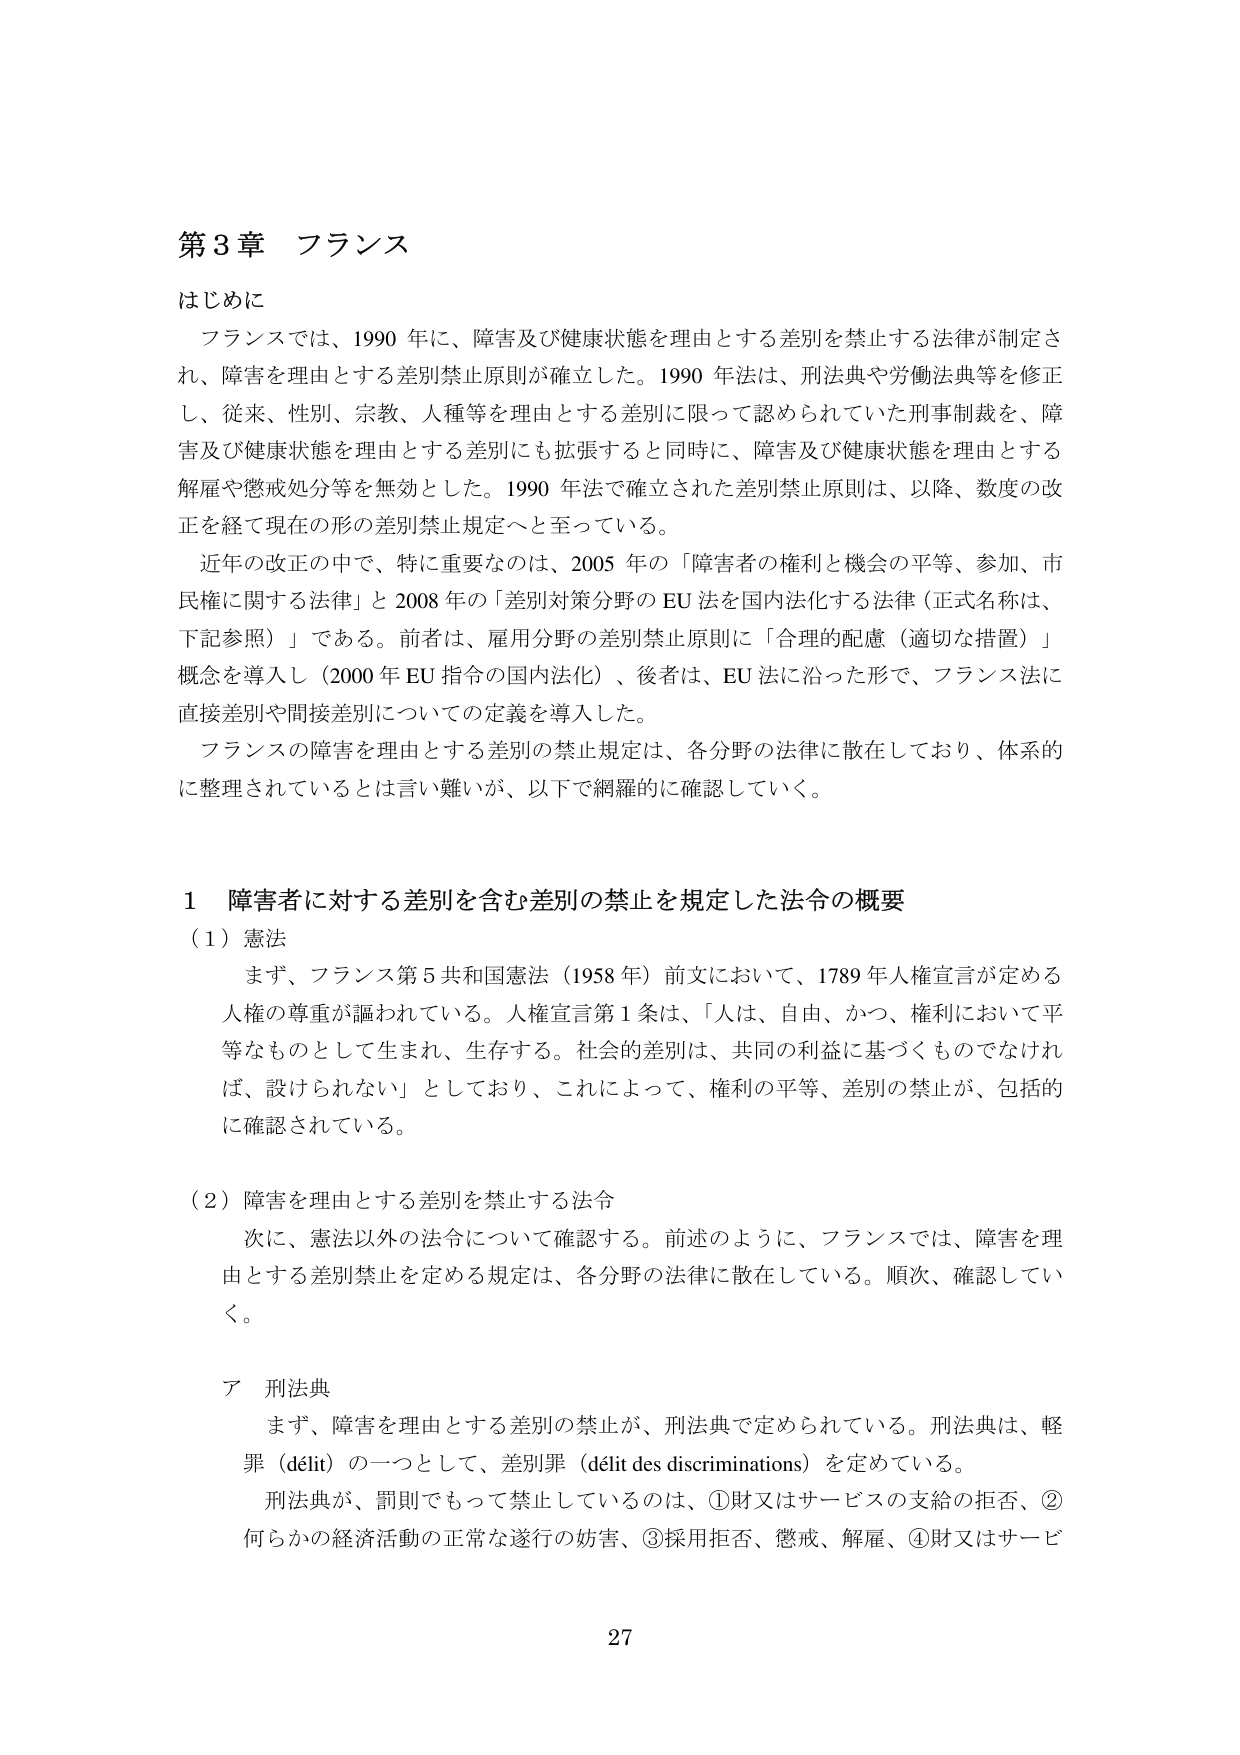
第3章 フランス

はじめに
フランスでは、1990年に、障害及び健康状態を理由とする差別を禁止する法律が制定され、障害を理由とする差別禁止原則が確立した。1990年法は、刑法典や労働法典等を修正し、従来、性別、宗教、人種等を理由とする差別に限って認められていた刑事制裁を、障害及び健康状態を理由とする差別にも拡張すると同時に、障害及び健康状態を理由とする解雇や懲戒処分等を無効とした。1990年法で確立された差別禁止原則は、以降、数度の改正を経て現在の形の差別禁止規定へと至っている。

近年の改正の中で、特に重要なのは、2005年の「障害者の権利と機会の平等、参加、市民権に関する法律」と2008年の「差別対策分野のEU法を国内法化する法律（正式名称は、下記参照）」である。前者は、雇用分野の差別禁止原則に「合理的配慮（適切な措置）」概念を導入し（2000年EU指令の国内法化）、後者は、EU法に沿った形で、フランス法に直接差別や間接差別についての定義を導入した。

フランスの障害を理由とする差別の禁止規定は、各分野の法律に散在しており、体系的に整理されているとは言い難いが、以下で網羅的に確認していく。

1 障害者に対する差別を含む差別の禁止を規定した法令の概要

（1）憲法
まず、フランス第5共和国憲法（1958年）前文において、1789年人権宣言が定める人権の尊重が謳われている。人権宣言第1条は、「人は、自由、かつ、権利において平等なものとして生まれ、生存する。社会的差別は、共同の利益に基づくものでなければ、設けられない」としており、これによって、権利の平等、差別の禁止が、包括的に確認されている。

（2）障害を理由とする差別を禁止する法令
次に、憲法以外の法令について確認する。前述のように、フランスでは、障害を理由とする差別禁止を定める規定は、各分野の法律に散在している。順次、確認していく。

ア 刑法典
まず、障害を理由とする差別の禁止が、刑法典で定められている。刑法典は、軽罪（délit）の一つとして、差別罪（délit des discriminations）を定めている。

刑法典が、罰則でもって禁止しているのは、①財又はサービスの支給の拒否、②何らかの経済活動の正常な遂行の妨害、③採用拒否、懲戒、解雇、④財又はサービ

27